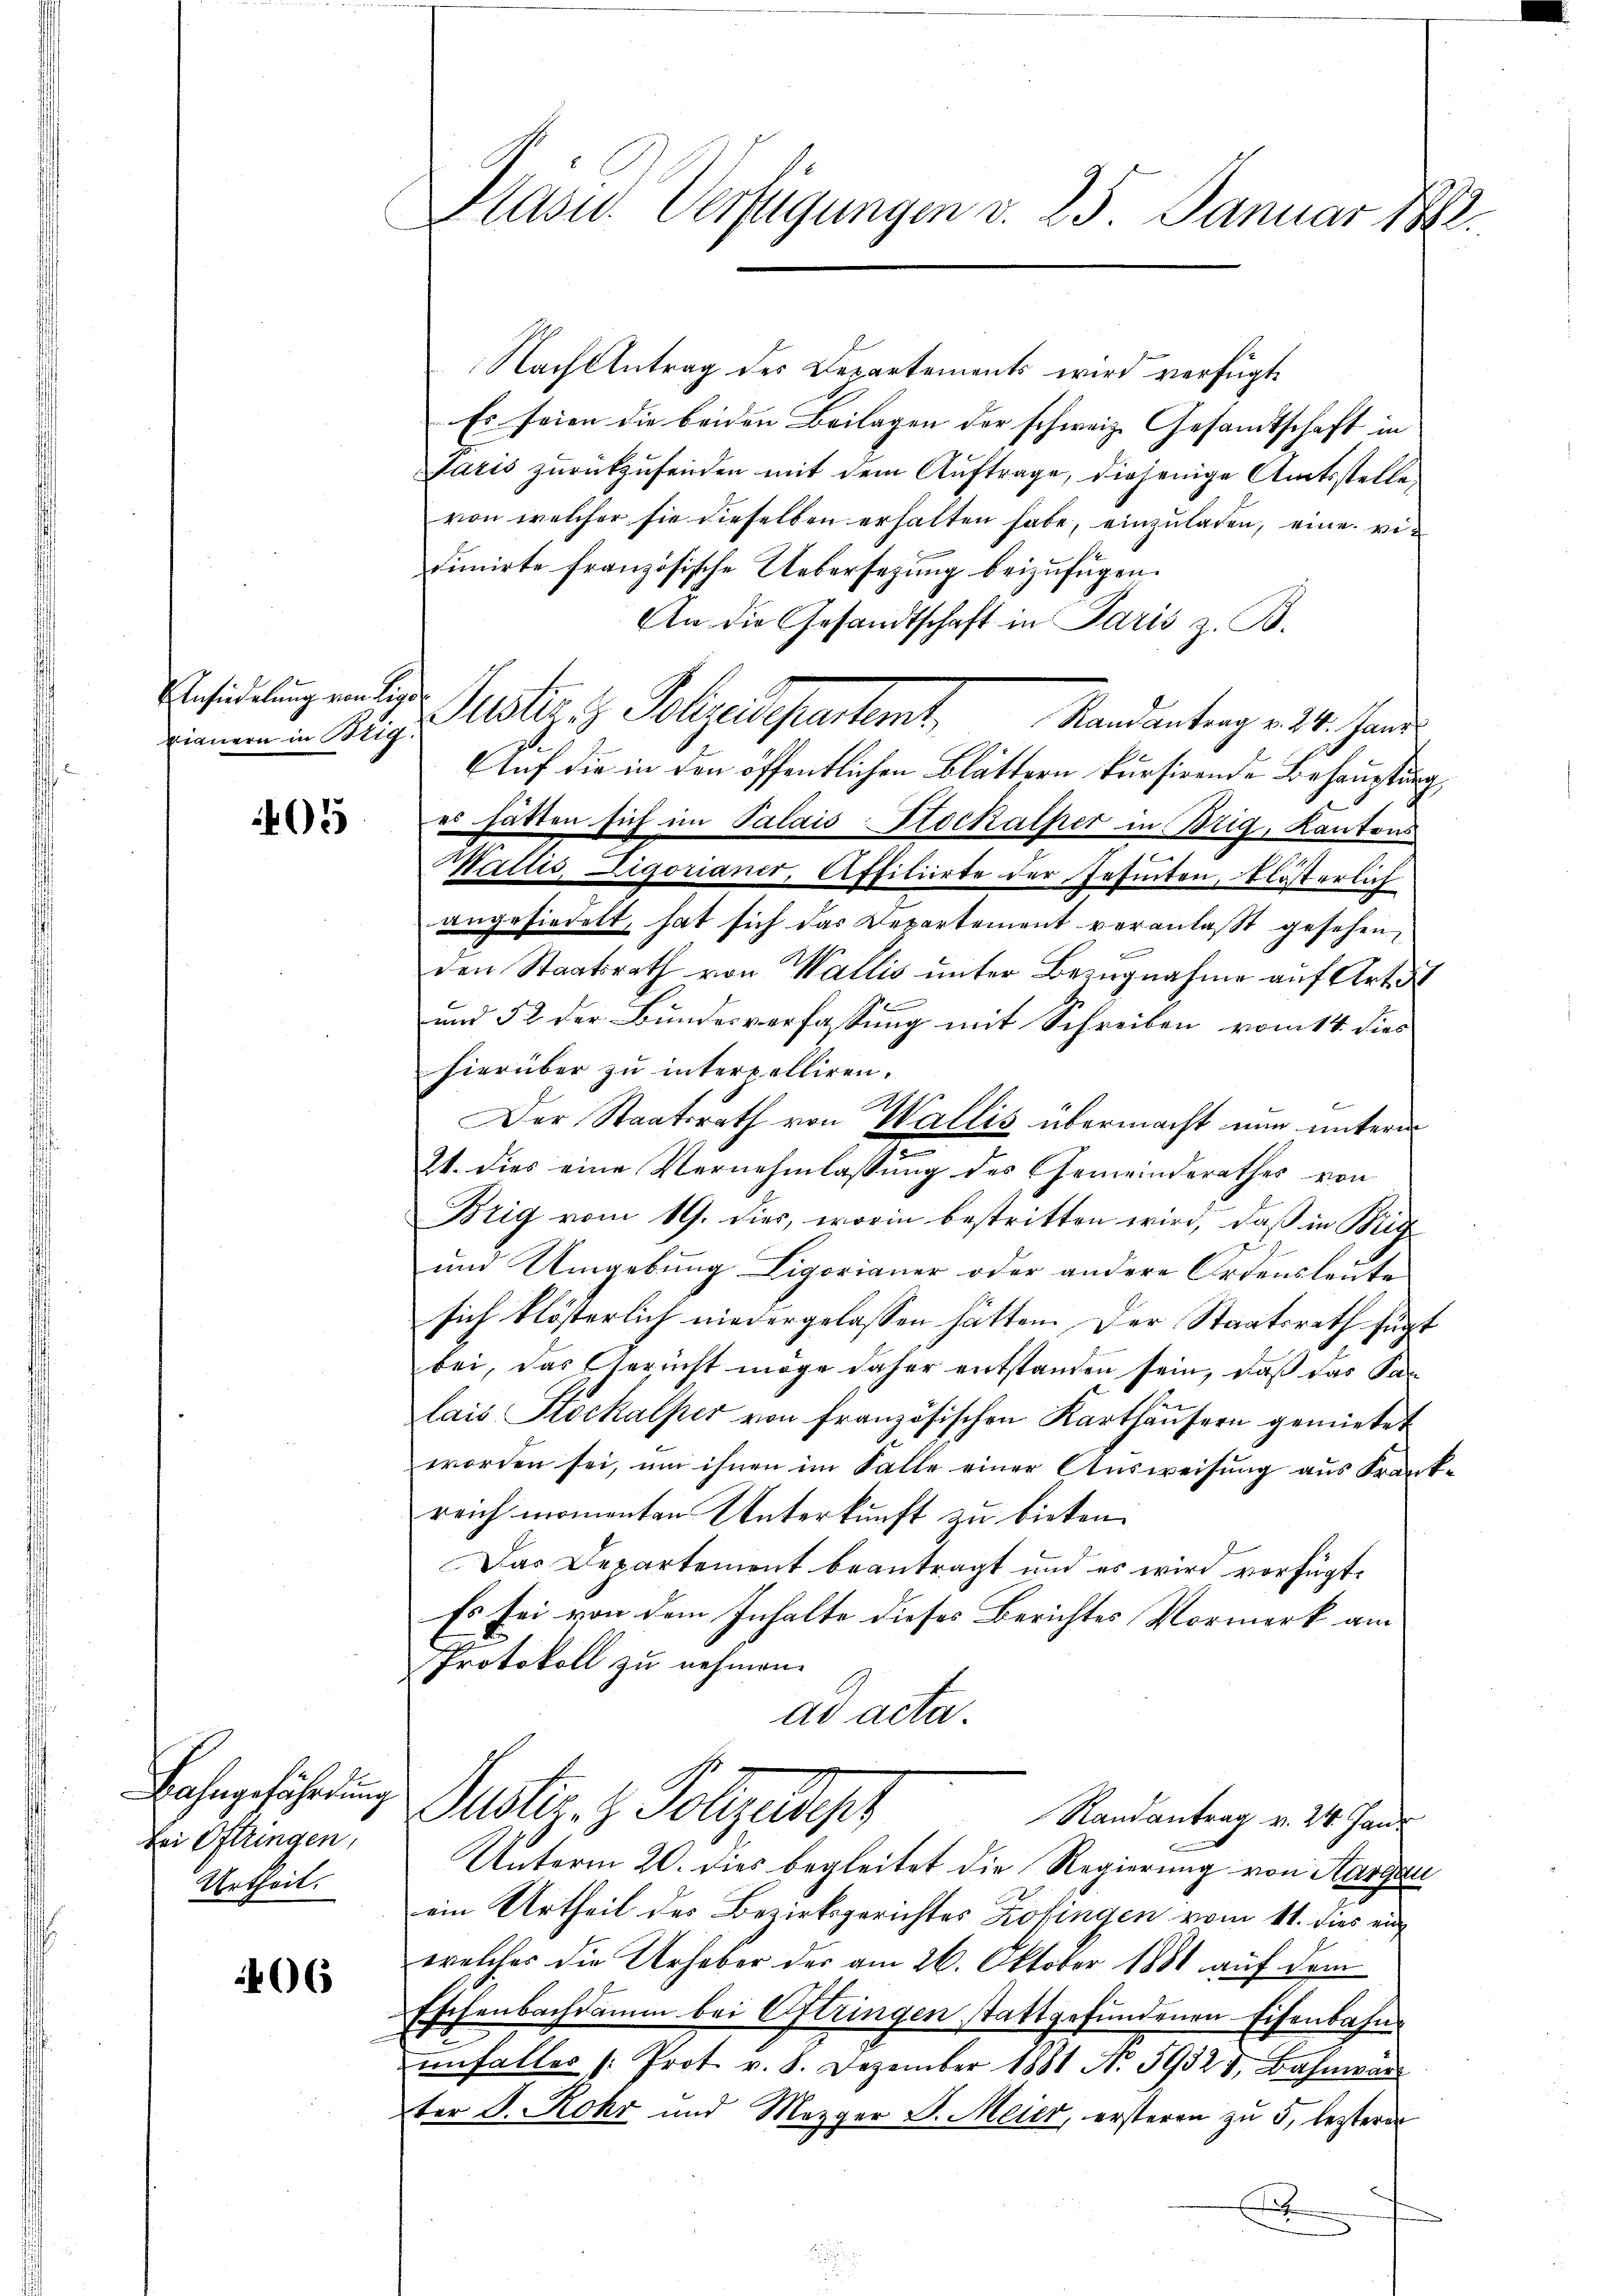
xianern in Beig

05

Bahngeführung
bei Oftringen,
Urtheil.

06

Nach Antrag des Departements wird verfügt
Es seien die beiden Beilagen der schweiz. Gesandtschaft in
Paris zurückzusenden mit dem Auftrage, diejenige Amtsstelle,
von welcher sie dieselben erhalten habe, einzuladen, eine vie
finirte französische Uebersetzung beizufügen.
An die Gesandtschaft in Paris z. B.
Ansiedlung an der Justiz & Polizeidepartemt,
Randantrag v. 24. Janz
Auf die in den öffentlichen Blättern kursirende Behauptung
es hatten sich im Palais Stockalker in Brig, Kantons
.
Wallis, Ligorianer, Affiliirte der Insinten, klösterlich
angesiedelt, hat sich das Departement veranlaßt gesehen,
den Staatsrath von Wallis unter Bezugnahme auf Art. d
und 52 der Bundesverfassung mit Schreiben vom 14. dies
hierüber zu interpelliren.
Der Staatsrath von Wallis übermacht nun unterm
21. dies eine Vernehmlassung des Gemeinderathes von
Brig vom 19. dies, worin bestritten wird, daß in Big
und Umgebung Ligorianer oder andere Ordensleute
sich klösterlich niedergelassen hätten. Der Staatsrath fügt
bei, das Gericht möge daher entstanden sein, daß das Kan
lais Stockalper von französischen Karthäŭsern gemietet
worden sei, um ihnen im Falle einer Ausweisung aus Franz
reich momenten Unterkunft zu bieten.
Das Departement beantragt und es wird vorfügt:
Es sei von dem Inhalte dieses Berichtes Vormerk am
Protokoll zu nehmen.
ad acta.
Puster. z. Polizeidig
Randantrag v. 24. Jani
Unterm 20. dies begleitet die Regierung von Aargau
ein Urtheil des Bezirksgerichtes Zofingen vom 11. dies ein
welches die Urheber des am 26. Oktober 1881 auf dem
Eschenbachdamm bei Oftringen stattgefundenen Eisenbahne
unfaller (: Prot. v. 8. Dezember 1881 No 59325, Bahnwär
ter S. Rohr und Mezger B. Meier, ersteren zu 5, lezterer
A

Das Verfügungen v. 25. Januar 188